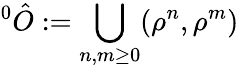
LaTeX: ^{0}\hat{O}:=\bigcup_{n,m\geq 0}(\rho^{n},\rho^{m})